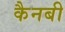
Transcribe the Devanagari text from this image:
कैनबी